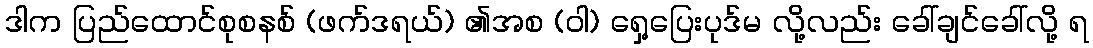
ဒါက ပြည်ထောင်စုစနစ် (ဖက်ဒရယ်) ၏အစ (ဝါ) ရှေ့ပြေးပုဒ်မ လို့လည်း ခေါ်ချင်ခေါ်လို့ ရ